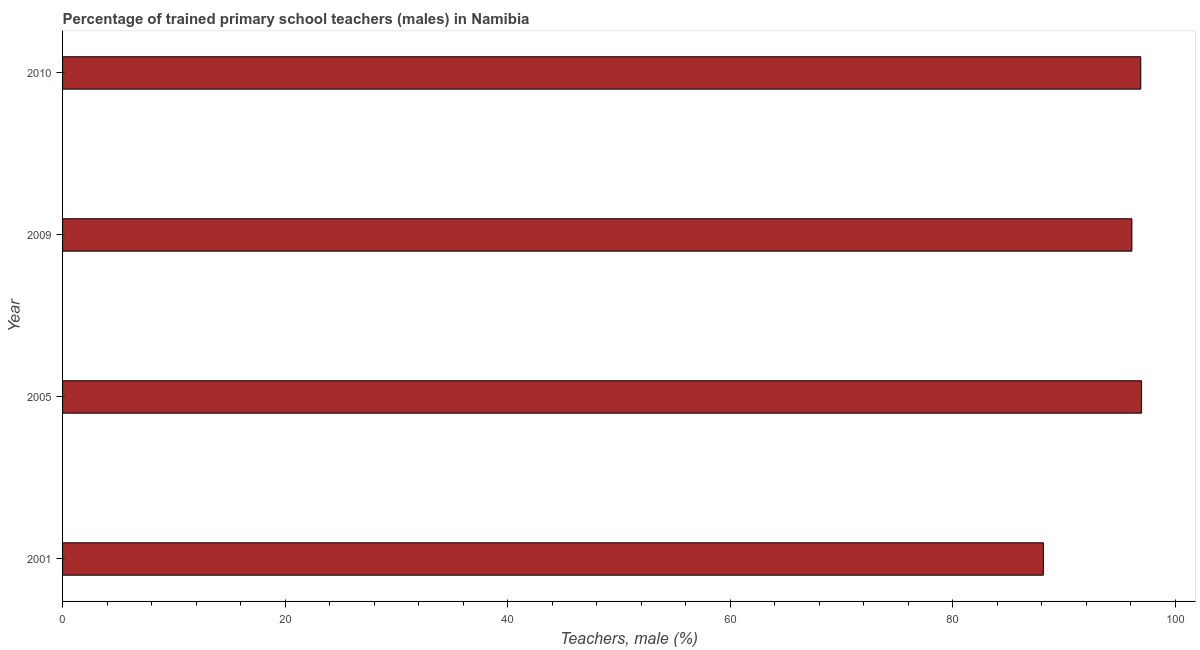
| Year | Trained teachers male |
 | --- | --- |
 | 2001 | 88.2 |
 | 2005 | 97 |
 | 2009 | 96.1 |
 | 2010 | 96.9 |